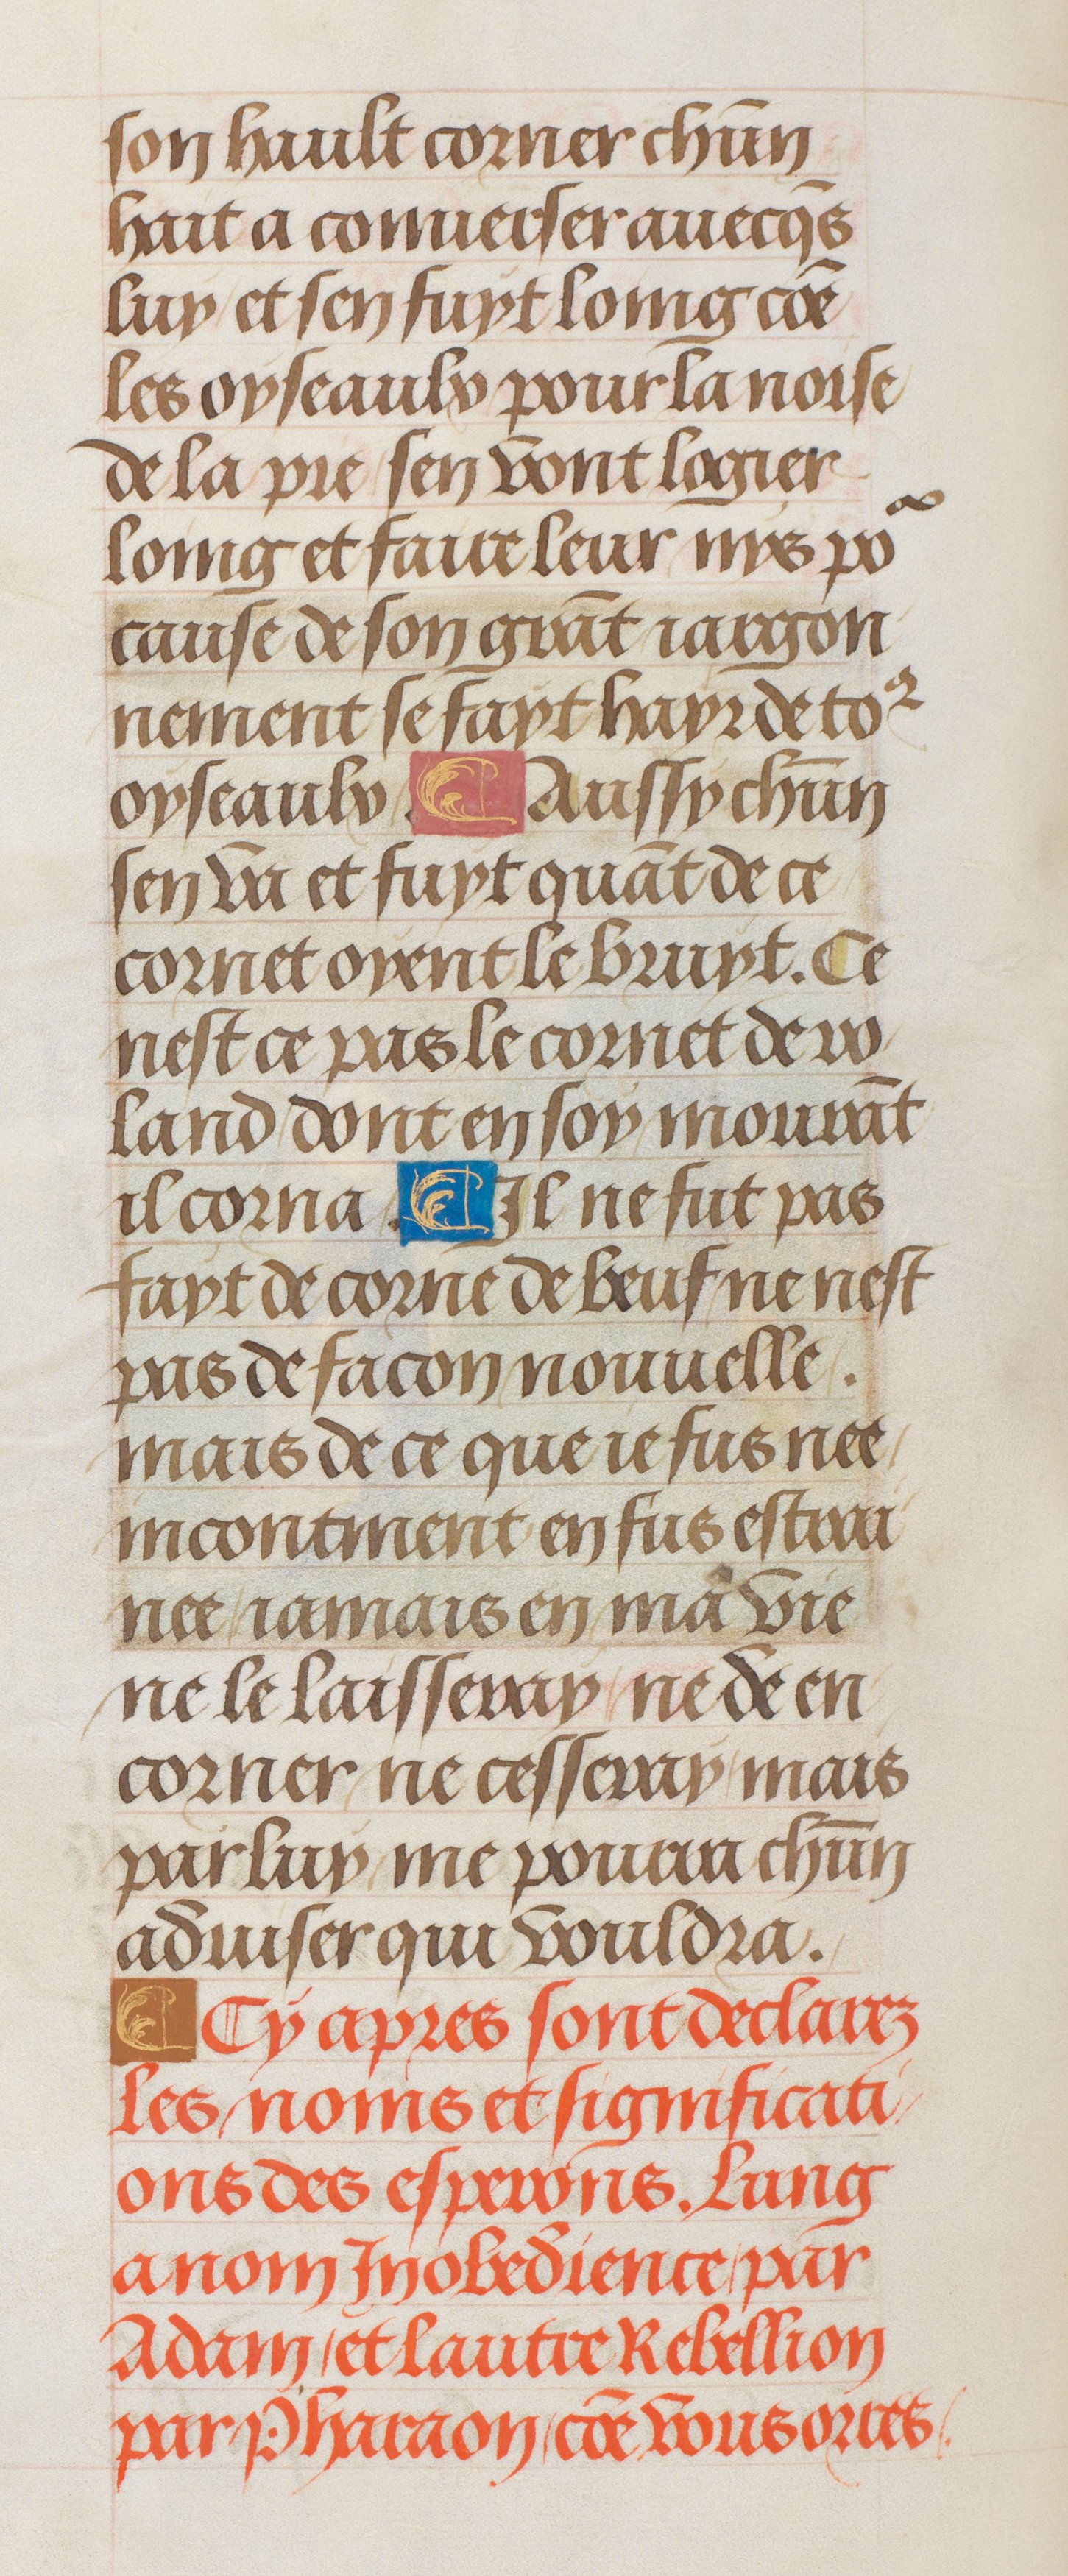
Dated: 1470–1530